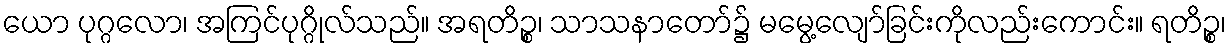
ယော ပုဂ္ဂလော၊ အကြင်ပုဂ္ဂိုလ်သည်။ အရတိဉ္စ၊ သာသနာတော်၌ မမွေ့လျော်ခြင်းကိုလည်းကောင်း။ ရတိဉ္စ၊